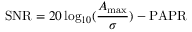
\mathrm { S N R } = 2 0 \log _ { 1 0 } ( \frac { A _ { \operatorname* { m a x } } } { \sigma } ) - \mathrm { P A P R }